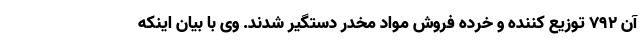
آن ۷۹۲ توزیع کننده و خرده فروش مواد مخدر دستگیر شدند. وی با بیان اینکه